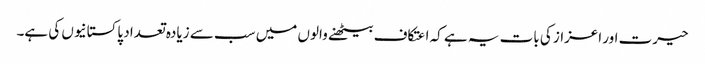
حیرت اور اعزاز کی بات یہ ہے کہ اعتکاف بیٹھنے والوں میں سب سے زیادہ تعداد پاکستانیوں کی ہے۔